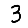
Digit: 3